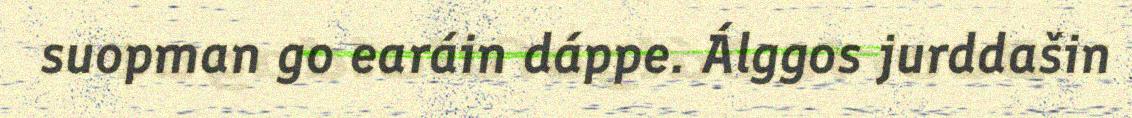
suopman go earáin dáppe. Álggos jurddašin